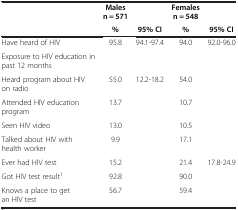
<table><thead><tr><td><b> </b></td><td><b>Males n = 571</b></td><td><b> </b></td><td><b>Females n = 548</b></td><td><b> </b></td></tr><tr><td><b> </b></td><td><b>%</b></td><td><b>95% CI</b></td><td><b>%</b></td><td><b>95% CI</b></td></tr></thead><tbody><tr><td>Have heard of HIV</td><td>95.8</td><td>94.1-97.4</td><td>94.0</td><td>92.0-96.0</td></tr><tr><td>Exposure to HIV education in past 12 months</td><td> </td><td> </td><td> </td><td> </td></tr><tr><td>Heard program about HIV on radio</td><td>55.0</td><td>12.2-18.2</td><td>54.0</td><td> </td></tr><tr><td>Attended HIV education program</td><td>13.7</td><td> </td><td>10.7</td><td> </td></tr><tr><td>Seen HIV video</td><td>13.0</td><td> </td><td>10.5</td><td> </td></tr><tr><td>Talked about HIV with health worker</td><td>9.9</td><td> </td><td>17.1</td><td> </td></tr><tr><td>Ever had HIV test</td><td>15.2</td><td> </td><td>21.4</td><td>17.8-24.9</td></tr><tr><td>Got HIV test result<sup>1</sup></td><td>92.8</td><td> </td><td>90.0</td><td> </td></tr><tr><td>Knows a place to get an HIV test</td><td>56.7</td><td> </td><td>59.4</td><td> </td></tr></tbody></table>